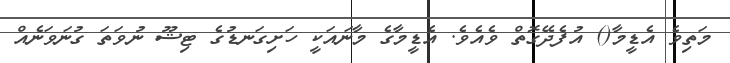
މަތިވެ އެޑީމާ() އުފެދޭގޮތް ވެއެވެ. އެޑީމާގެ މާނައަކީ ހަށިގަނޑުގެ ޓިޝޫ ނުވަތަ ގުނަވަނެއް